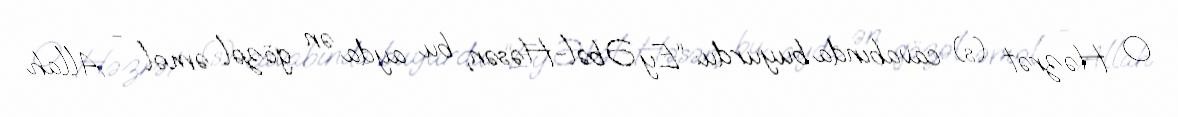
O Həzrət (s) cavabında buyurdu: “Ey Əbəl-Həsən, bu ayda ən gözəl əməl - Allah